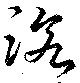
沈